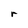
Character: r